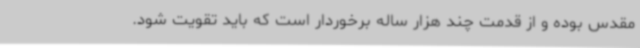
مقدس بوده و از قدمت چند هزار ساله برخوردار است که باید تقویت شود.